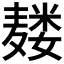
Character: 𱋡